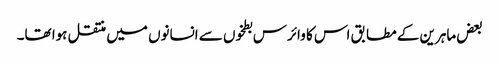
بعض ماہرین کے مطابق اس کا وائرس بطخوں سے انسانوں میں منتقل ہوا تھا۔